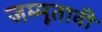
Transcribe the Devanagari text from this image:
जम्मूतावी